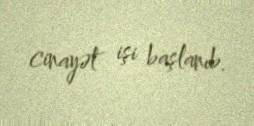
cinayət işi başlanıb.